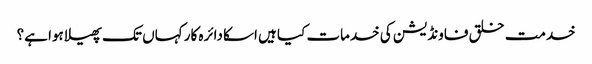
خدمت خلق فاونڈیشن کی خدمات کیا ہیں اسکا دائرہ کار کہاں تک پھیلا ہوا ہے؟